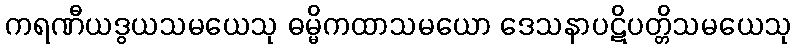
ကရဏီယဒွယသမယေသု ဓမ္မိကထာသမယော ဒေသနာပဋိပတ္တိသမယေသု